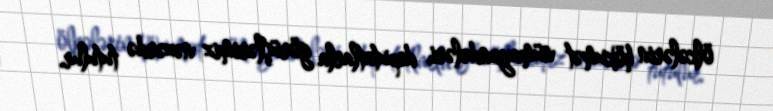
ölkələrin hökumət nümayəndələri, deputatlarla görüşlərimiz nəzərdə tutulur.